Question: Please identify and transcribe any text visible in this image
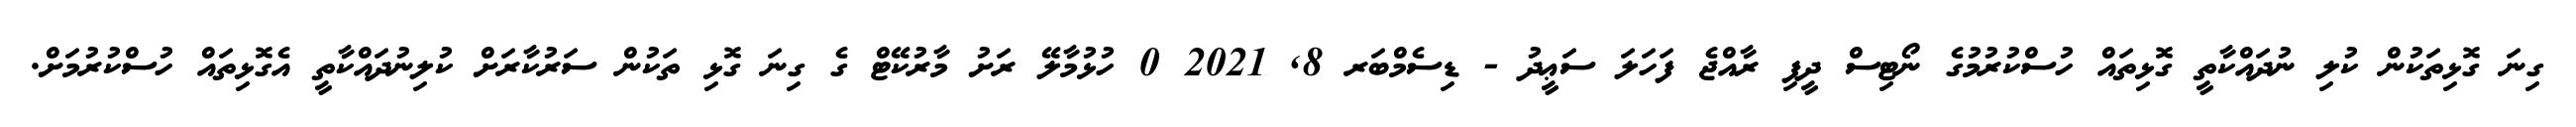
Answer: ގިނަ ގޮޅިތަކުން ކުލި ނުދައްކާތީ ގޮޅިތައް ހުސްކުރުމުގެ ނޯޓިސް ދީފި ރާއްޖެ ފަހަލަ ސަޢީދު - ޑިސެމްބަރ 8, 2021 0 ހުޅުމާލޭ ރަށު މާރުކޭޓް ގެ ގިނަ ގޮޅި ތަކުން ސަރުކާރަށް ކުލިނުދައްކާތީ އެގޮޅިތައް ހުސްކުރުމަށް.